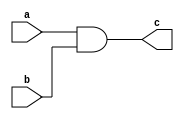
//////////////////////////DR SERAG //////////////////
////////////////Outhers:Isalm_Akram_Osama///////////

module and_gate  (
input wire a,b,
output c
);

assign c=a&b;
 
endmodule